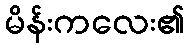
မိန်းကလေး၏